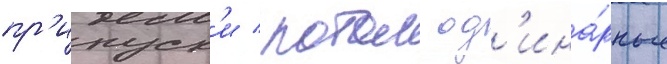
пр'ипуск'и / потом од'ина́рные